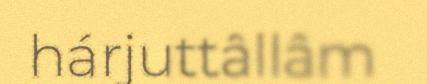
hárjuttâllâm